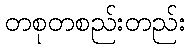
တစုတစည်းတည်း